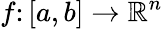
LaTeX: f\colon[a,b]\to\mathbb{R}^{n}